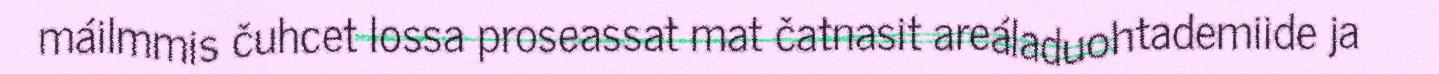
máilmmis čuhcet lossa proseassat mat čatnasit areáladuohtademiide ja